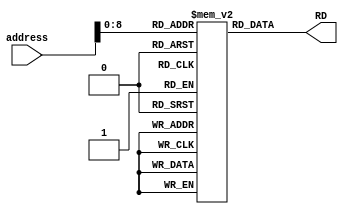
`timescale 1ns / 1ps


module InstructionMemory #(parameter width=32)(
    input[width-1:0] address,
    output[width-1:0] RD
    );
    reg [width-1:0] mem1[511:0];
    initial
    begin
    mem1[0] = 32'h002081B3; // add $1, $2, $3
    mem1[4] = 32'h403202B3; // sub $4, $3, $5
    mem1[8] = 32'h00308383; // lw $7, 3($1)
    mem1[12] = 32'h0013F333; // and $7, $1, $6
    mem1[16] = 32'h001112B3; // sll $5, $2, $1
    mem1[20] = 32'h001122B3; // slt $5, $2, $1
    mem1[24] = 32'h00210463; // beq $2, $3, 4 // 4 is offset
    mem1[28] = 32'h001132B3; // sltu $5, $2, $1
    mem1[32] = 32'h001142B3; // xor $5, $2, $1
    mem1[36] = 32'h001152B3; // srl $5, $2, $1
    mem1[40] = 32'h401152B3; // sra $5, $2, $1
    mem1[44] = 32'h008002EF; // jal $5, 2 
    mem1[48] = 32'h00110293; // addi $5, $2, 1
    mem1[52] = 32'h00312293; // slti $5, $2, 3
    mem1[56] = 32'h00517293; // andi $5, $2, 5
    mem1[60] = 32'h00211293; // slli $5, $2, 2
    mem1[64] = 32'h002102E7; // jar $5, $2, 2  // will jump on instruction 4
    
    end
    assign RD=mem1[address];
endmodule